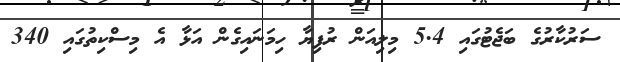
ސަރުކާރުގެ ބަޖެޓުގައި 5.4 މިލިއަން ރުފިޔާ ހިމަނައިގެން އަޅާ އެ މިސްކިތުގައި 340